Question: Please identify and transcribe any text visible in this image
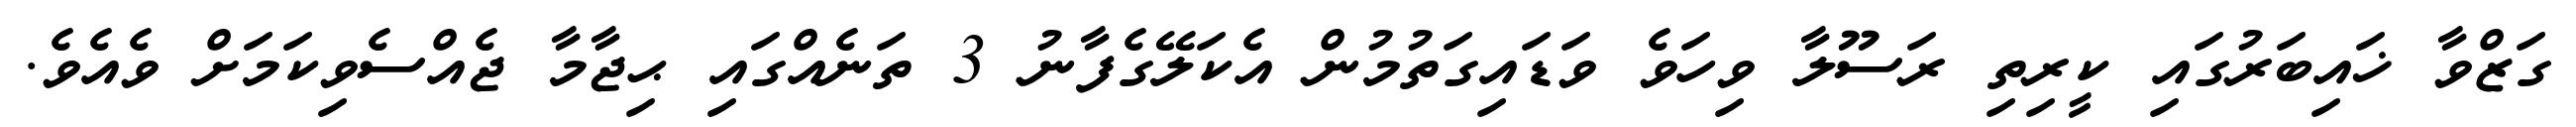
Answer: ގަޒްވާ ޚައިބަރުގައި ކީރިތި ރަސޫލާ ވިހަވެ ވަޑައިގަތުމުން އެކަލޭގެފާނު 3 ތަނެއްގައި ޙިޖާމާ ޖެއްސެވިކަމަށް ވެއެވެ.